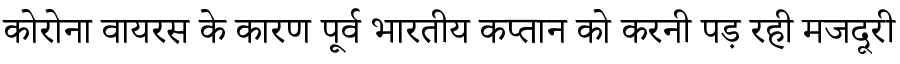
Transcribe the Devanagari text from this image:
कोरोना वायरस के कारण पूर्व भारतीय कप्तान को करनी पड़ रही मजदूरी